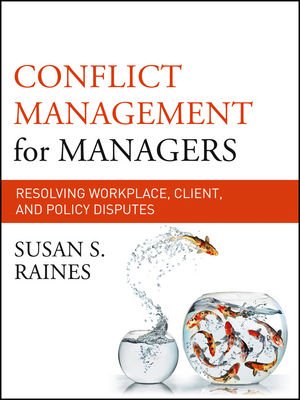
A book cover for Conflict Management for Managers: Resolving Workplace, Client, and Policy Disputes (Jossey-Bass Business & Management); Susan S. Raines; Business & Money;